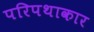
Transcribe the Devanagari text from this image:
परिपथाकार